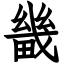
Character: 畿